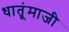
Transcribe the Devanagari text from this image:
धातूंमाजी